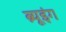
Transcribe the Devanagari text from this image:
ब्र्यूइंग